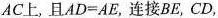
AC上，且$$A D = A E$$，连接BE，CD，